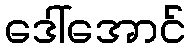
ဒေါ်အောင်